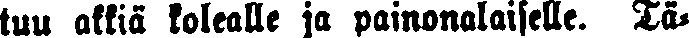
tuu äkkiä kolealle ja painonalaiselle. Tä-